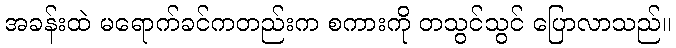
အခန်းထဲ မရောက်ခင်ကတည်းက စကားကို တသွင်သွင် ပြောလာသည်။